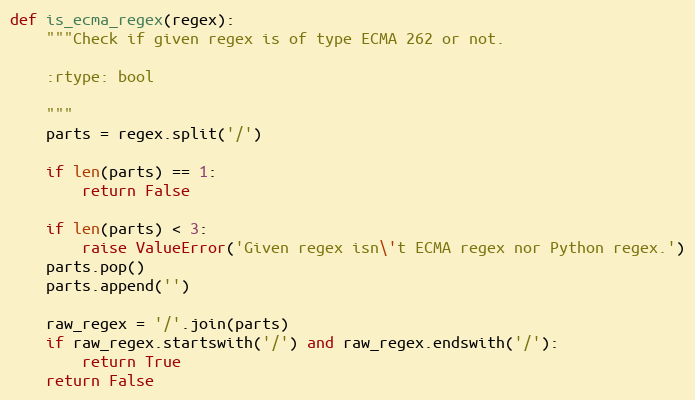
Language: Python
def is_ecma_regex(regex):
    """Check if given regex is of type ECMA 262 or not.

    :rtype: bool

    """
    parts = regex.split('/')

    if len(parts) == 1:
        return False

    if len(parts) < 3:
        raise ValueError('Given regex isn\'t ECMA regex nor Python regex.')
    parts.pop()
    parts.append('')

    raw_regex = '/'.join(parts)
    if raw_regex.startswith('/') and raw_regex.endswith('/'):
        return True
    return False